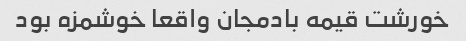
خورشت قیمه بادمجان واقعا خوشمزه بود